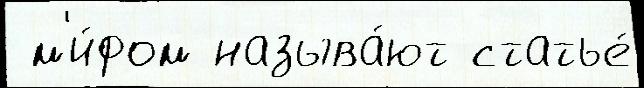
 м'и́фом называ́ют статье́